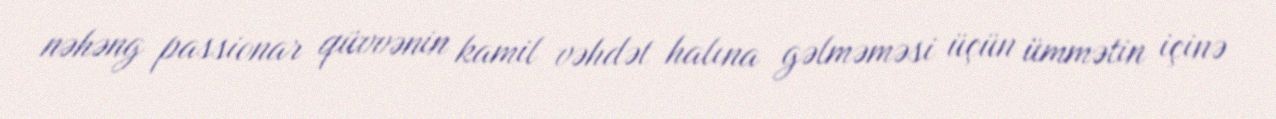
nəhəng passionar qüvvənin kamil vəhdət halına gəlməməsi üçün ümmətin içinə